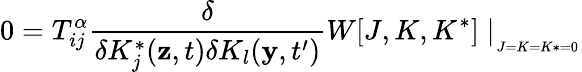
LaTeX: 0=T_{ij}^{\alpha}\frac{\delta}{\delta K_{j}^{*}(\mathbf{z},t)\delta K_{l}(\mathbf{y},t^{\prime})}W[J,K,K^{*}]\mid_{_{_{J=K=K*=0}}}